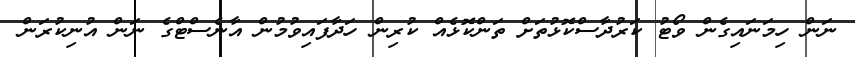
ނަން ހިމަނައިގެން ވޯޓު ކަރުދާސްކޮޅުތަށް ތަންކޮޅެއް ކުރިން ހަދާފައިވުމުން އާނެސްޓްގެ ނަން އުނިކުރަން